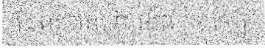
ដែលបានទៅបង្ខំពួកគាត់ឲ្យ